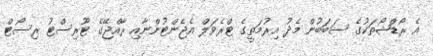
އެ ރޯޑްޝޯތަކުގެ ސަބަބުން މެދު އިރުމަތީގެ ޓްރެވަލް އެޖެންޓުންނާއި ރާއްޖޭގެ ޓޫރިސްޓު ރިސޯޓް